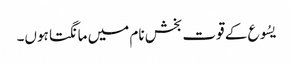
یسُوع کے قوت بخش نام میں مانگتا ہوں۔